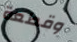
وقطعة